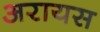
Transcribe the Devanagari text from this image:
अरायस